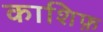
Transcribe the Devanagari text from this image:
काशिफ़